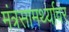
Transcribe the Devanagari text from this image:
मंत्रसामर्थ्यावर